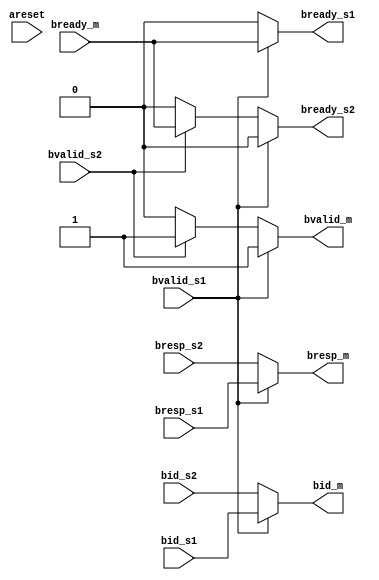
module wr_mux_2to1(
input           areset,

// master
output   [3:0]  bid_m,
output   [1:0]  bresp_m,
output          bvalid_m,
input           bready_m,

// slave 1
input    [3:0]  bid_s1,
input    [1:0]  bresp_s1,
input           bvalid_s1,
output          bready_s1,

// slave 2
input    [3:0]  bid_s2,
input    [1:0]  bresp_s2,
input           bvalid_s2,
output          bready_s2
);

// wresponse mux
assign bid_m     = bvalid_s1 ? bid_s1 : bid_s2;
assign bresp_m   = bvalid_s1 ? bresp_s1 : bresp_s2;
assign bvalid_m  = bvalid_s1 ? bvalid_s1 : bvalid_s2 ? bvalid_s2 : 1'b0;

// ready signal
assign bready_s1 = bvalid_s1 ? bready_m : bvalid_s2 ? 1'b0 : 1'b0;
assign bready_s2 = bvalid_s1 ? 1'b0 : bvalid_s2 ? bready_m : 1'b0;
endmodule